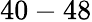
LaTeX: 40-48